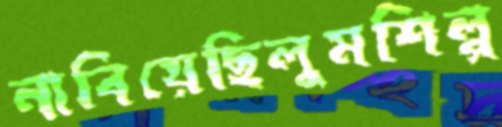
নাবিয়েছিলুমশিল্প